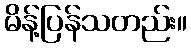
မိန့်ပြန်သတည်း။